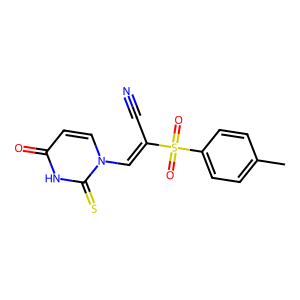
SMILES: Cc1ccc(S(=O)(=O)C(C#N)=Cn2ccc(=O)[nH]c2=S)cc1
Inhibits HIV replication: No